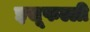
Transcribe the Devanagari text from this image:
इसूफल्ली